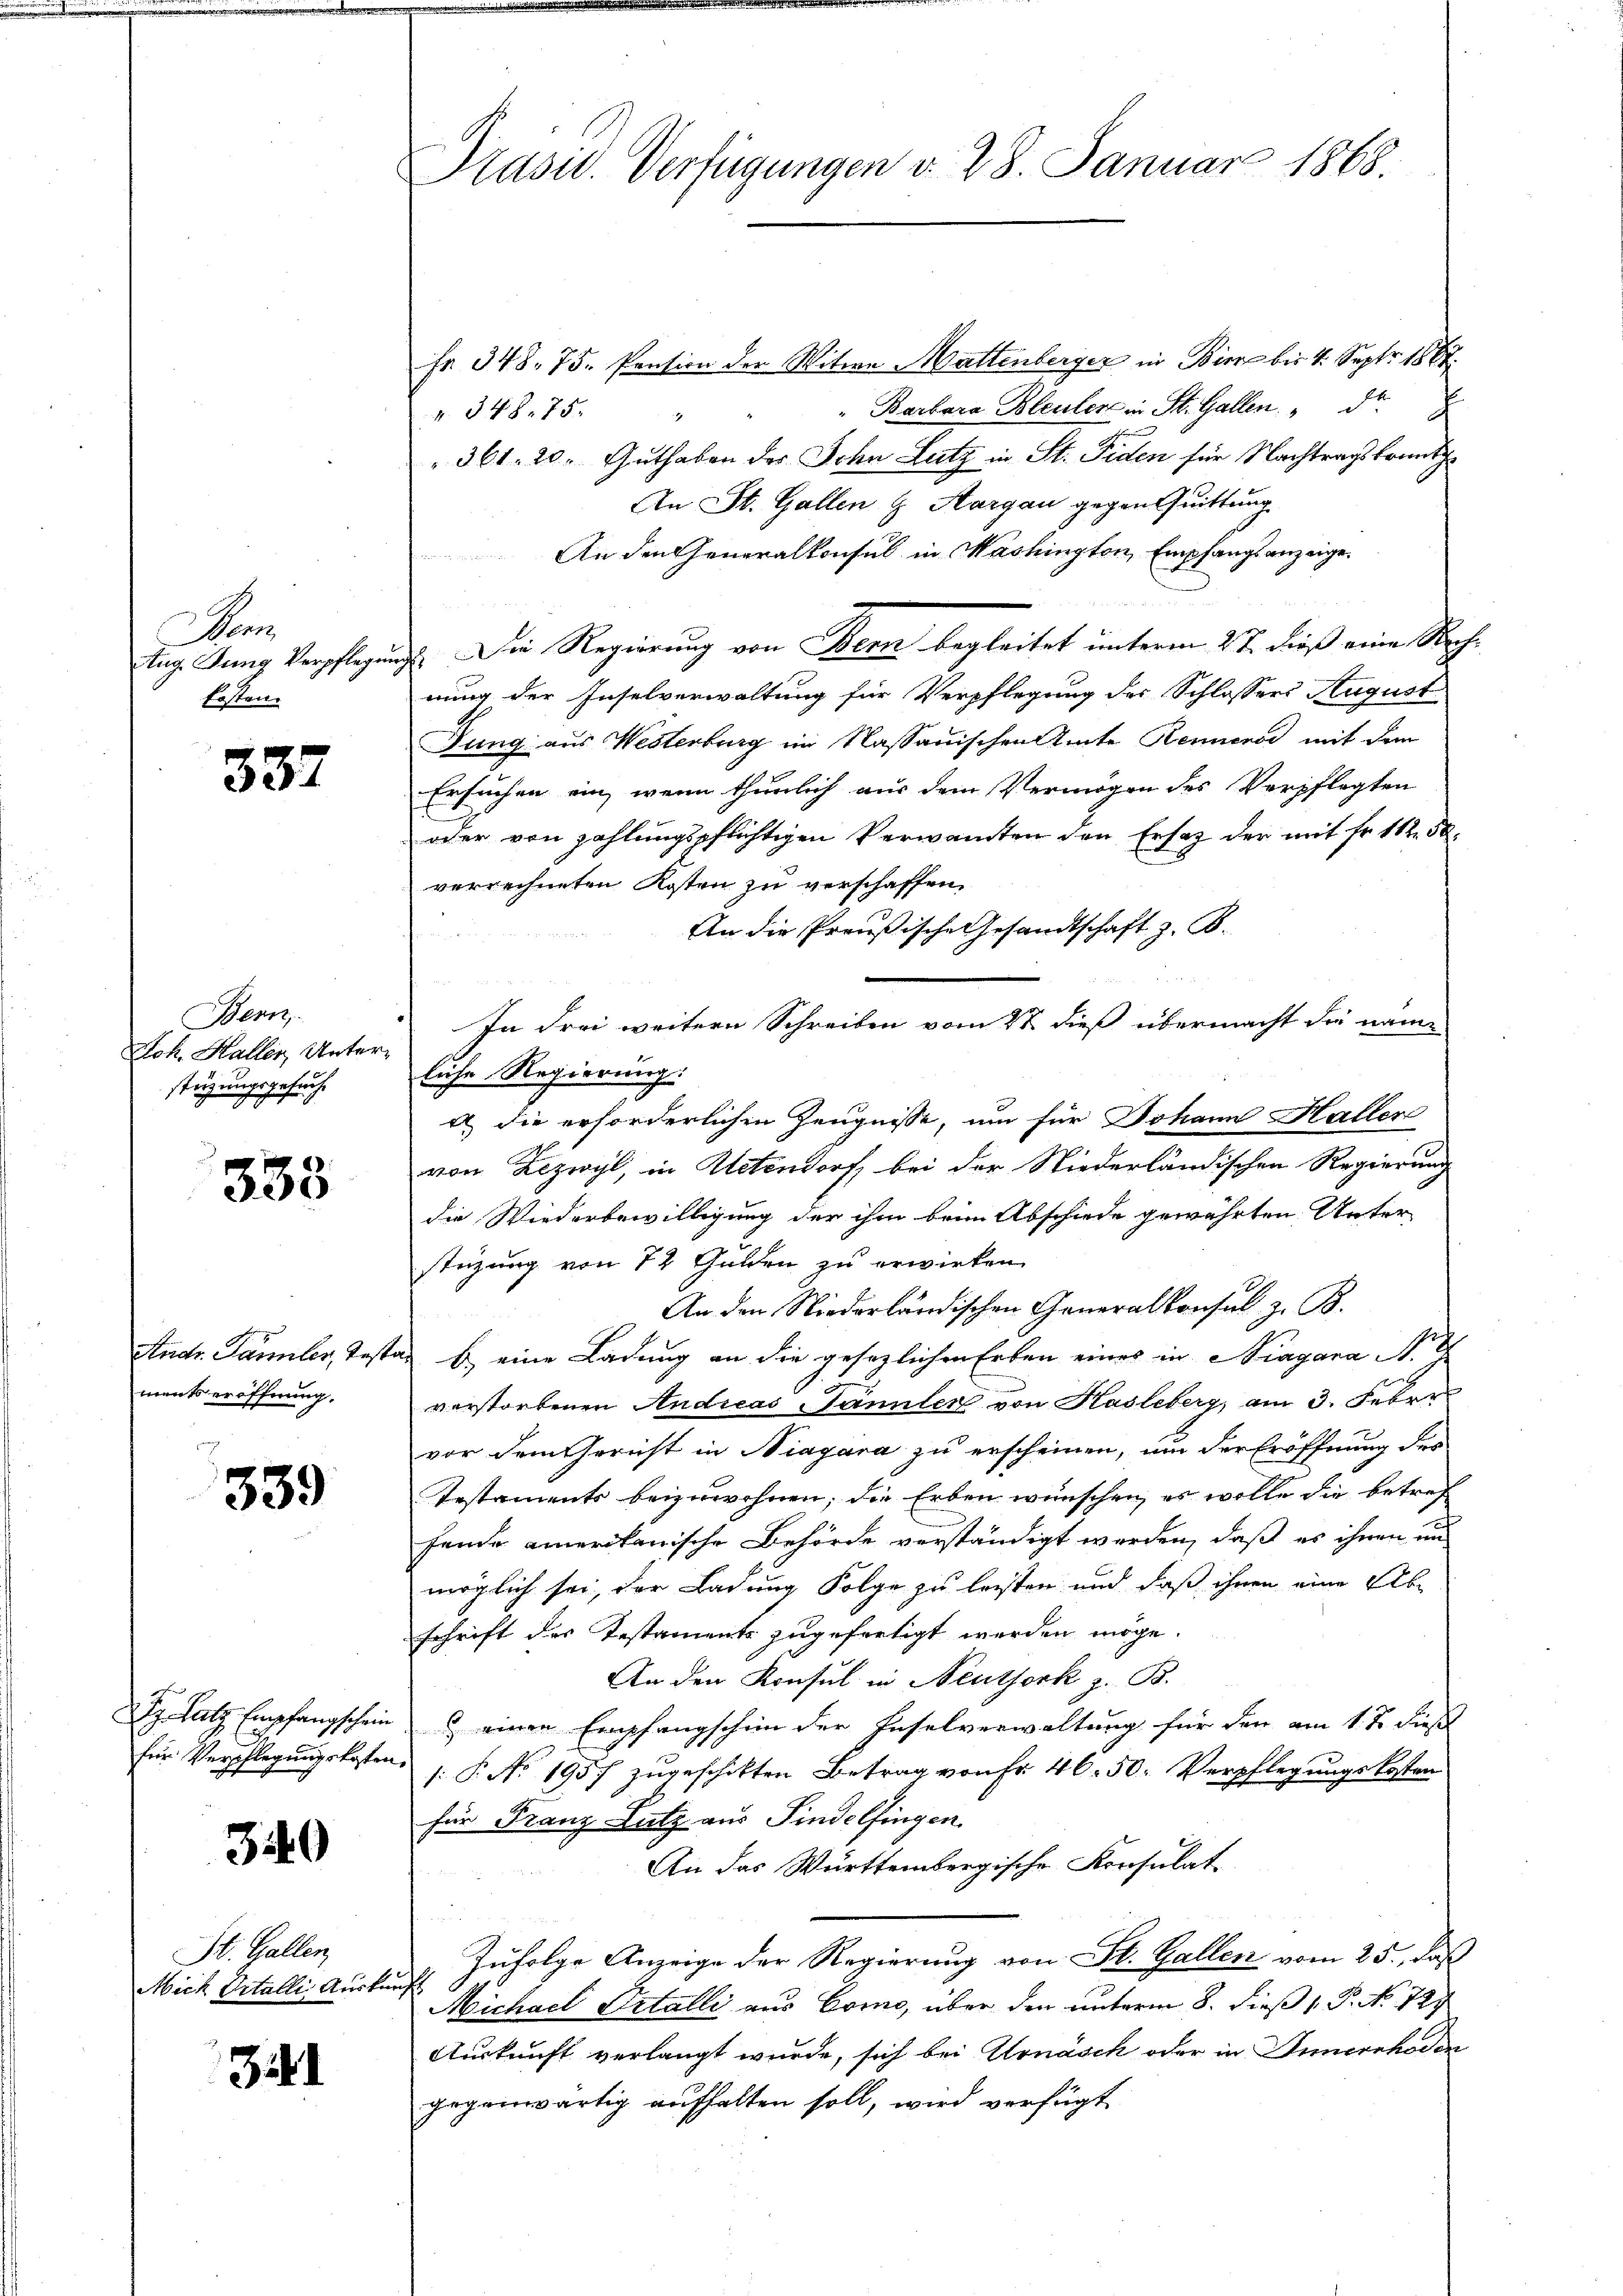
em
Ersten.

337

Wenz
Joh. Kaller, Unterstüzungsgesuch

333

Andr. Jannler, Test
ments eröffnung.

339

Dr. Satz. Empfangschein
für Verpflegungskosten

340

St. Gallen,
Mich Ortalli Auskün

341

Präsid. Verfügungen d. 28. Januar 1868.

Fr. 348. 75. Pension der Witwe Mattenberger in Bier bis 4. Sept. 1888.
" Barbara Bleuler in St. Gallen. " Dr.
 348. 75.

361. 20. Guthaben der Schn Leitz in St. Fiden für Nachtragskomitz
An St. Gallen & Aargau gegen Quittung
An den Generalkonsul in Washington, Empfangs anzeigetug. Jung Verpflegungs. Die Regierung von Bern begleitet unterm 2ten dieß eine Reg
nung der Inselverwaltung für Verpflegung des Schlossers August
Jung aus Westerburg im Nassauischen Amte Renners mit dem
Ersuchen ein, wenn thunlich aus dem Vermögen des Verpflegten
oder von zahlungspflichtigen Verwandten den Ersatz der mit Fr. 11250.
verrechneten Kosten zu verschaffen.
An die Preußische Gesandtschaft z. B.
In drei weitern Schreiben vom 27 dieß übermacht die name
liche Regierung.
a) die erforderlichen Zeugnisse, um für Johann Haller
von Lezwyl, in Aetendorf bei der Niederländischen Regierung
die Wiederbewilligung der ihm beim Abschiede gewährten Unter-
stüzung von 12 Gulden zu erwirken.
An den Niederländischen Generalkonsul z. B.
ad b.) eine Ladung an die gesezlichen Erben eines in Aragana N. T
verstorbenen Andreas Kannter von Hasleberg, am 3. Feber
vor dem Gericht in Niagara zu erscheinen, um der Eröffnung des
Testaments beizuwohnen; die Erben wünschen, es wolle die betref
fende amerikanische Behörde verständigt werden, daß es ihnen un
möglich sei, der Ladung Folge zu leisten und daß ihnen eine Abschrift des Testaments zugefertigt werden möge.
An den Konsul in Neuthork z. B.
 einen Empfangschein der Inselverwaltung für den am 1.ten dieß
s: P. No. 1957 zugeschikten Betrag von Fr. 46. 50. Verpflegungskosten
für Franz Lutz aus Findelfingen.
An das Württembergische Konsulat
Zufolge Anzeige der Regierung von St. Gallen vom 25., daß
i
Michael Prtalli aus Come, über den unterm 8. dieß P. Nr. 727
Auskunft verlangt wurde, sich bei Urnäsch oder in Innerrhoden
gegenwärtig aufhalten soll, wird verfügt